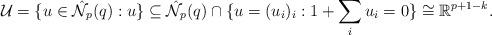
LaTeX: \begin{align*} \mathcal{U}=\{u\in\hat{\mathcal{N}}_p(q):u\}\subseteq\hat{\mathcal{N}}_p(q)\cap\{u=(u_i)_i:1+\sum_iu_i=0\}\cong\mathbb{R}^{p+1-k}.\end{align*}